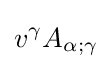
v^{\gamma }A_{\alpha ;\gamma }